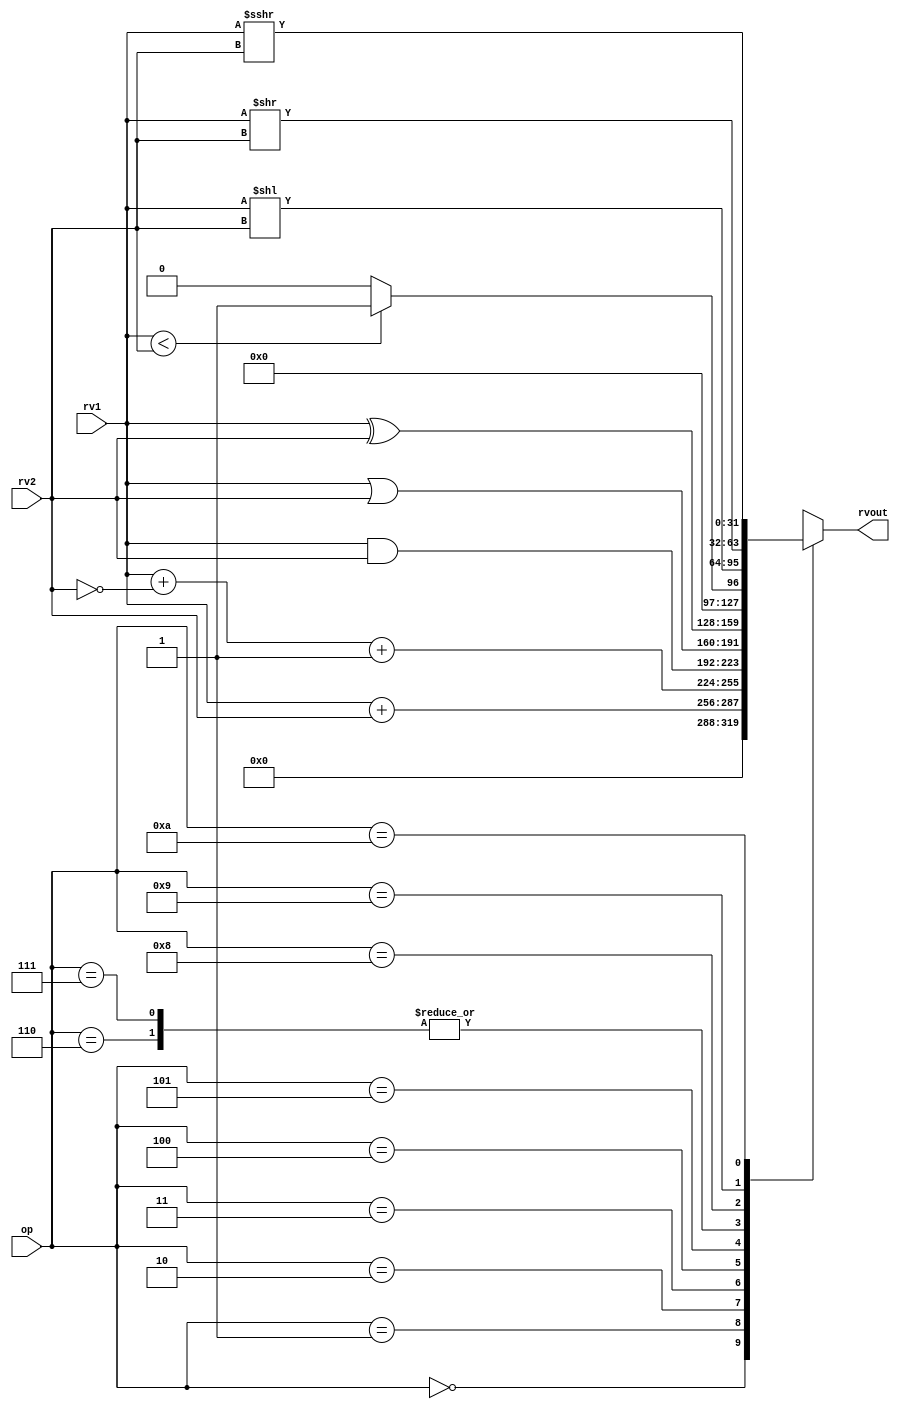
module alu32(
    input [5:0] op,      // some input encoding of your choice
    input [31:0] rv1,    // First operand
    input [31:0] rv2,    // Second operand
    output [31:0] rvout  // Output value
);
    reg [31:0] alu_out;

    //Combinational block to compute ALU ops
    assign rvout = alu_out;

    always @(*) begin
        case (op)
            6'd0    :   alu_out = 0;
            6'd1    :   alu_out = rv1 + rv2;                                  //ADD
            6'd2    :   alu_out = rv1 + (~rv2) + 1;                           //SUB
            6'd3    :   alu_out = rv1 & rv2;                                  //AND
            6'd4    :   alu_out = rv1 | rv2;                                  //OR
            6'd5    :   alu_out = rv1 ^ rv2;                                  //XOR
            6'd6    :   alu_out = (rv1 < rv2) ? 1 : 0;                        //SLT
            6'd7    :   alu_out = ($unsigned(rv1) < $unsigned(rv2)) ? 1 : 0;  //SLTU
            6'd8    :   alu_out = rv1 << rv2;                                 //SLL
            6'd9    :   alu_out = rv1 >> rv2;                                 //SRL
            6'd10   :   alu_out = rv1 >>> rv2;                                //SRA                                                 
            default :   alu_out = 1'bx;                                       //Invalid
        endcase
    end

endmodule